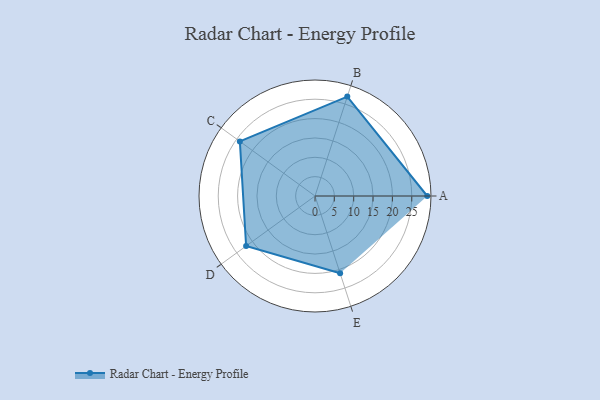
{"axis": {"x": "Skill", "y": "Score"}, "legend": ["Profile"], "data": [{"x": "A", "y": 29.0, "type": "Profile"}, {"x": "B", "y": 27.0, "type": "Profile"}, {"x": "C", "y": 24.0, "type": "Profile"}, {"x": "D", "y": 22.0, "type": "Profile"}, {"x": "E", "y": 21.0, "type": "Profile"}]}